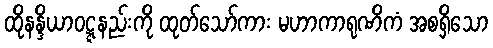
ထိုနန္ဒိယာဝဋ္ဋနည်းကို ထုတ်သော်ကား မဟာကာရုဏိကံ အစရှိသော